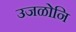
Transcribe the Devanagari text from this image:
उजळोनि